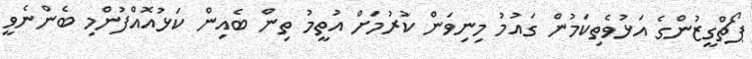
ޕޯޗްގީޒުންގެ އަޅުވެތިކަމުން ގައުމު މިނިވަން ކުރުމަށް އުތީމު ތިން ބެއިން ކަޅުއޮއްފުންމި ބެންނެވީ